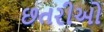
છતરીઓ